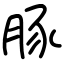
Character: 豚